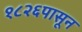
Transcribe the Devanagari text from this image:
१८२६पासून